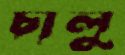
চালু